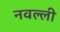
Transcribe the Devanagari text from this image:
नवल्ली